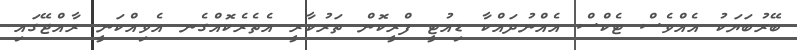
ބޭރުބަޔަކު އެއްވެސް ޓެކްސް އެއްނުދައްކާ ޑިއުޓީ ފްރީކޮން ތަރުކާރީ އެތެރެކޮއްގެނ އެވިއްކަނީ ރާއްޖޭގައި